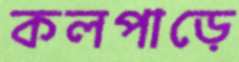
কলপাড়ে